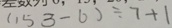
( 1 5 3 - 6 ) \div 7 + 1